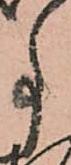
事